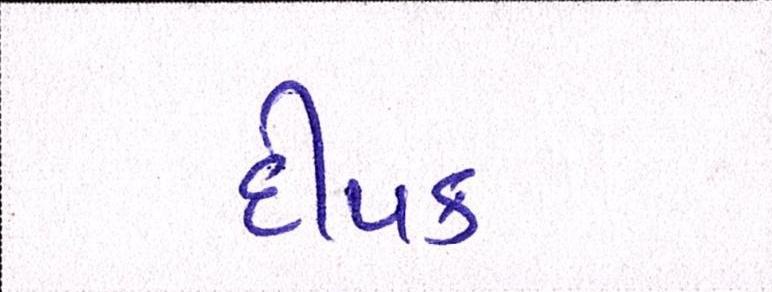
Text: દીપક